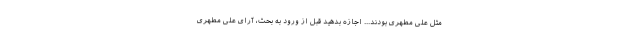
مثل علی مطهری بودند... اجازه بدهید قبل از ورود به بحث، آرای علی مطهری